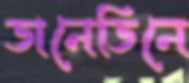
ডানেডিনে